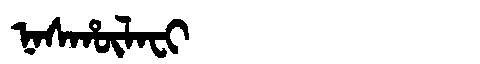
Manchu: ᠨᠠᠰᡥᡡᠯᠠᠸᡳ
Romanization: NASHŪLAFI